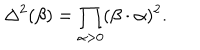
\Delta ^ { 2 } ( \beta ) = \prod _ { \alpha > 0 } ( \beta \cdot \alpha ) ^ { 2 } .